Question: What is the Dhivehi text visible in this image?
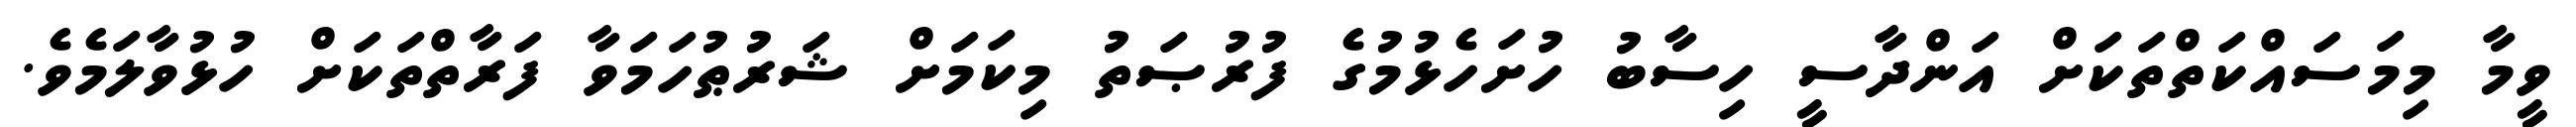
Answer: ވީމާ މިމަސައްކަތްތަކަށް އަންދާސީ ހިސާބު ހުށަހެޅުމުގެ ފުރުޞަތު މިކަމަށް ޝަރުޠުހަމަވާ ފަރާތްތަކަށް ހުޅުވާލަމެވެ.